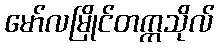
မော်လမြိုင်တက္ကသိုလ်